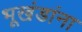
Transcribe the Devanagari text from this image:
भूखंडांना